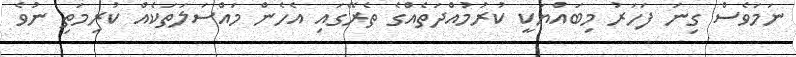
ނަމަވެސް ގިނަ ފަހަރު މިބައްޔަކީ ކުރުމުއްދަތެއްގެ ތެރޭގައި އެހެން މައްސަލަތަކެއް ކުރިމަތި ނުވެ